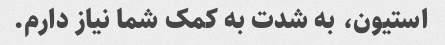
استیون، به شدت به کمک شما نیاز دارم.